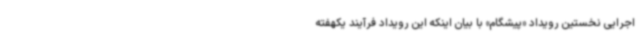
اجرایی نخستین رویداد «پیشگام» با بیان اینکه این رویداد فرآیند یکهفته